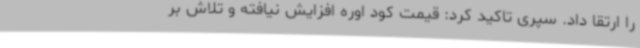
را ارتقا داد. سپری تاکید کرد: قیمت کود اوره افزایش نیافته و تلاش بر